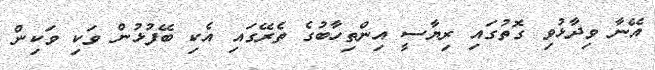
އޭނާ ވިދާޅުވި ގޮތުގައި ރިޔާސީ އިންތިހާބުގެ ތެރޭގައި އެކި ބޭފުޅުން ވަކި ވަކިން